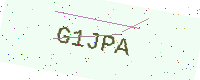
Text: G1JPA